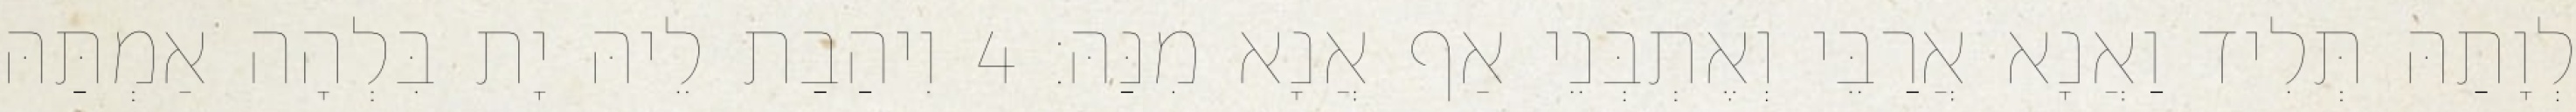
לְוָתַהּ תְּלִיד וַאֲנָא אֲרַבֵּי וְאֶתְבְּנֵי אַף אֲנָא מִנַּהּ׃ 4 וִיהַבַת לֵיהּ יָת בִּלְהָה אַמְתַּהּ